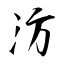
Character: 汸